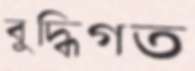
বুদ্ধিগত